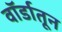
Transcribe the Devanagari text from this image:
वॉर्डातून